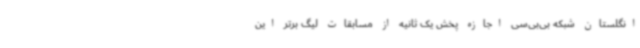
انگلستان شبکه بی‌بی‌سی اجازه پخش یک ثانیه از مسابقات لیگ برتر این